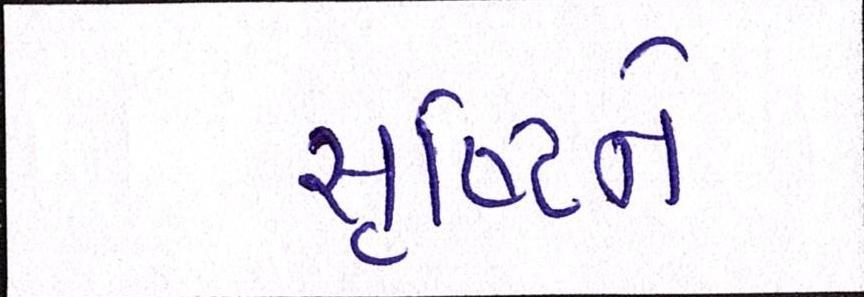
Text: સૃષ્ટિને